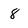
Character: 8